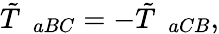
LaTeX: \tilde{T}_{\; \; aBC}=-\tilde{T}_{\; \; aCB},